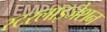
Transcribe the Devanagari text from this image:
स्टरलाइजेशन